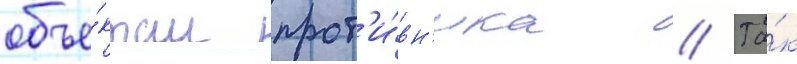
объе́ктам прот'и́вн'ика // Та́к